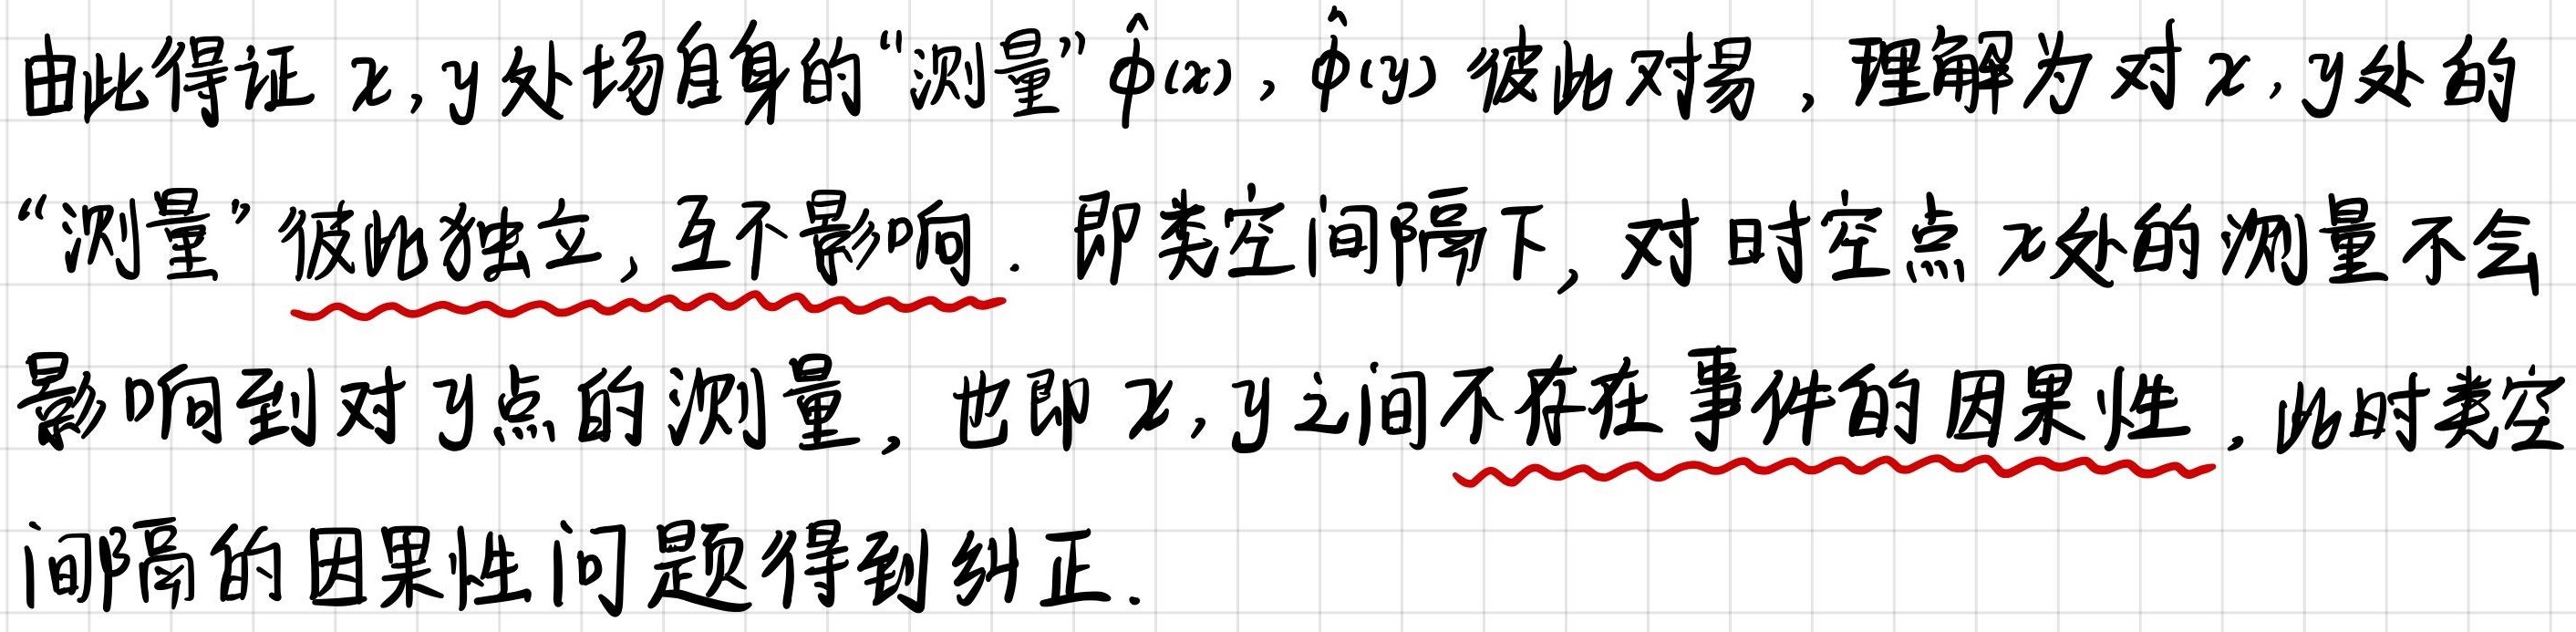
由此得证$x,y$处场自身的“测量”$\hat{\phi}(x),\hat{\phi}(y)$彼此对易，理解为对$x,y$处的“测量”彼此独立，互不影响. 即类空间隔下，对时空点$x$处的测量不会影响到对$y$点的测量，也即$x,y$之间不存在事件的因果性. 此时类空间隔的因果性问题得到纠正.